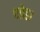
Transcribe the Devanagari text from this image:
जाेडा